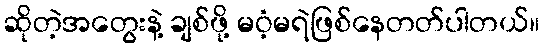
ဆိုတဲ့အတွေးနဲ့ ချစ်ဖို့ မဝံ့မရဲဖြစ်နေတတ်ပါတယ်။